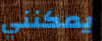
يمكنني